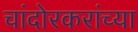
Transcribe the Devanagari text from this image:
चांदोरकरांच्या